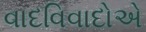
વાદવિવાદોએ